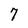
Character: 7